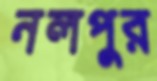
নলপুর